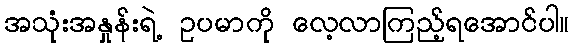
အသုံးအနှုန်းရဲ့ ဥပမာကို လေ့လာကြည့်ရအောင်ပါ။